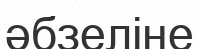
әбзеліне